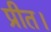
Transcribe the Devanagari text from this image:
प्रीत।